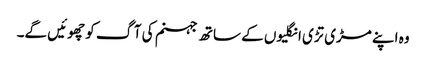
وہ اپنے مڑی تڑی انگلیوں کے ساتھ جہنم کی آگ کو چھوئیں گے۔